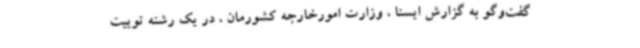
گفت‌وگو به گزارش ایسنا ، وزارت امورخارجه کشورمان ، در یک رشته توییت